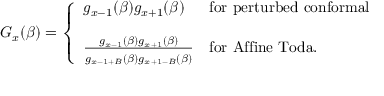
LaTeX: G _ { x } ( \beta ) = \left\{ \begin{array} { l l l } { { g _ { x - 1 } ( \beta ) g _ { x + 1 } ( \beta ) } } & { { \mathrm { f o r } \ \mathrm { p e r t u r b e d \ c o n f o r m a l } } } \\ { { } } & { { } } \\ { { { \frac { g _ { x - 1 } ( \beta ) g _ { x + 1 } ( \beta ) } { \strut g _ { x - 1 + B } ( \beta ) g _ { x + 1 - B } ( \beta ) } } } } & { { \mathrm { f o r } \ \mathrm { A f f i n e \ T o d a } . } } \end{array} \right.